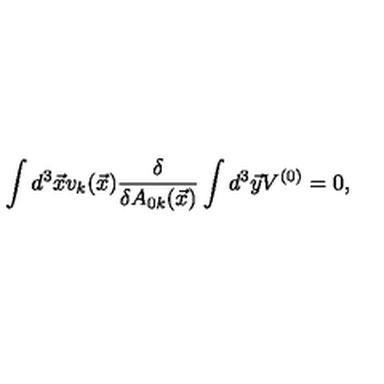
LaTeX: \int d ^ { 3 } \vec { x } v _ { k } ( \vec { x } ) \frac { \delta } { \delta A _ { 0 k } ( \vec { x } ) } \int d ^ { 3 } \vec { y } V ^ { ( 0 ) } = 0 ,